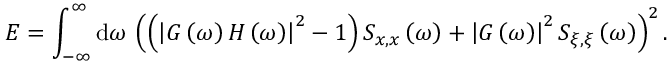
E = \int _ { - \infty } ^ { \infty } \mathrm { d } \omega \, \left( \left( \left| G \left( \omega \right) H \left( \omega \right) \right| ^ { 2 } - 1 \right) S _ { x , x } \left( \omega \right) + \left| G \left( \omega \right) \right| ^ { 2 } S _ { \xi , \xi } \left( \omega \right) \right) ^ { 2 } .